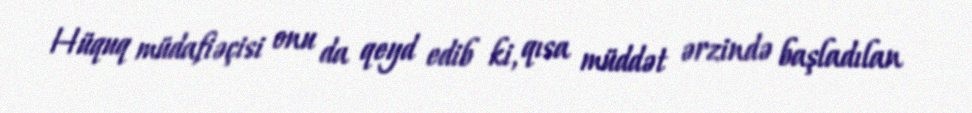
Hüquq müdafiəçisi onu da qeyd edib ki, qısa müddət ərzində başladılan